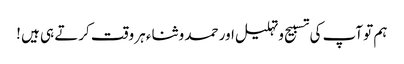
ہم تو آپ کی تسبیح و تہلیل اور حمد و ثناء ہر وقت کرتے ہی ہیں !